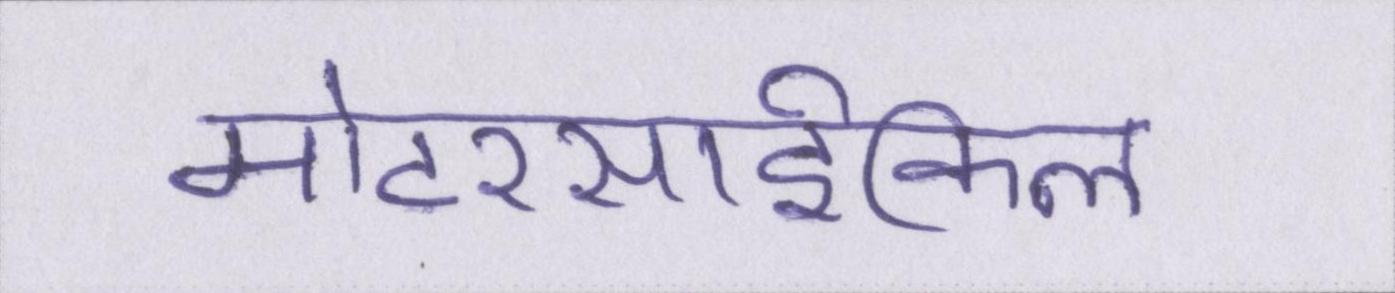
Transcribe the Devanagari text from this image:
मोटरसार्इकिल